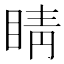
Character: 睛